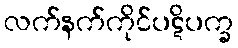
လက်နက်ကိုင်ပဋိပက္ခ